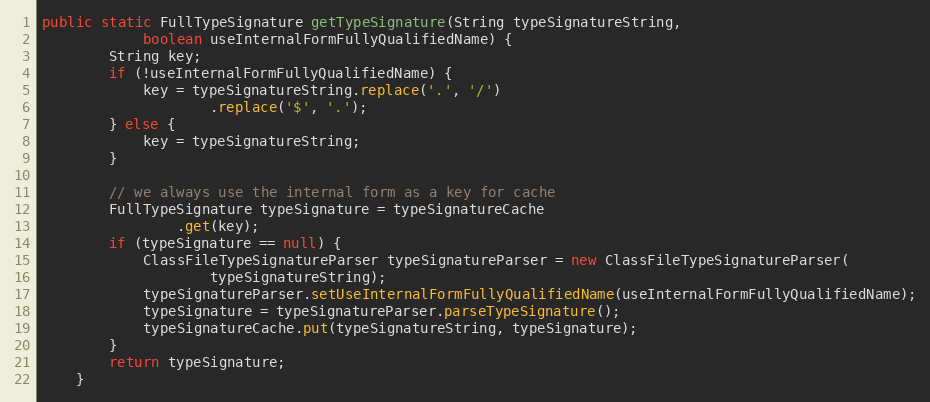
Language: Java
public static FullTypeSignature getTypeSignature(String typeSignatureString,
			boolean useInternalFormFullyQualifiedName) {
		String key;
		if (!useInternalFormFullyQualifiedName) {
			key = typeSignatureString.replace('.', '/')
					.replace('$', '.');
		} else {
			key = typeSignatureString;
		}

		// we always use the internal form as a key for cache
		FullTypeSignature typeSignature = typeSignatureCache
				.get(key);
		if (typeSignature == null) {
			ClassFileTypeSignatureParser typeSignatureParser = new ClassFileTypeSignatureParser(
					typeSignatureString);
			typeSignatureParser.setUseInternalFormFullyQualifiedName(useInternalFormFullyQualifiedName);
			typeSignature = typeSignatureParser.parseTypeSignature();
			typeSignatureCache.put(typeSignatureString, typeSignature);
		}
		return typeSignature;
	}